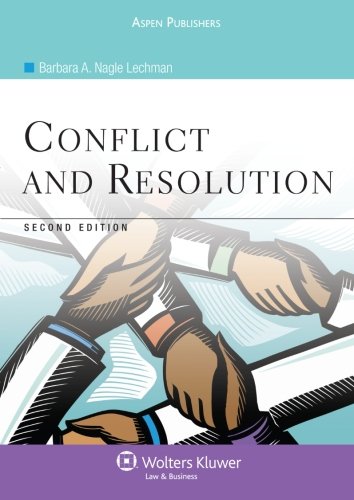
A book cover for Conflict and Resolution; Barbara A. Nagle Lechman; Law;